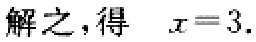
解之，得 \(x = 3.\)